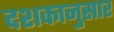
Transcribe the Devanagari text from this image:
दशकानुसार